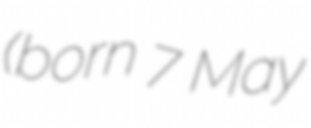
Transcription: (born 7 May